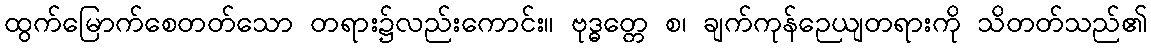
ထွက်မြောက်စေတတ်သော တရား၌လည်းကောင်း။ ဗုဒ္ဓတ္တေ စ၊ ချက်ကုန်ဉေယျတရားကို သိတတ်သည်၏